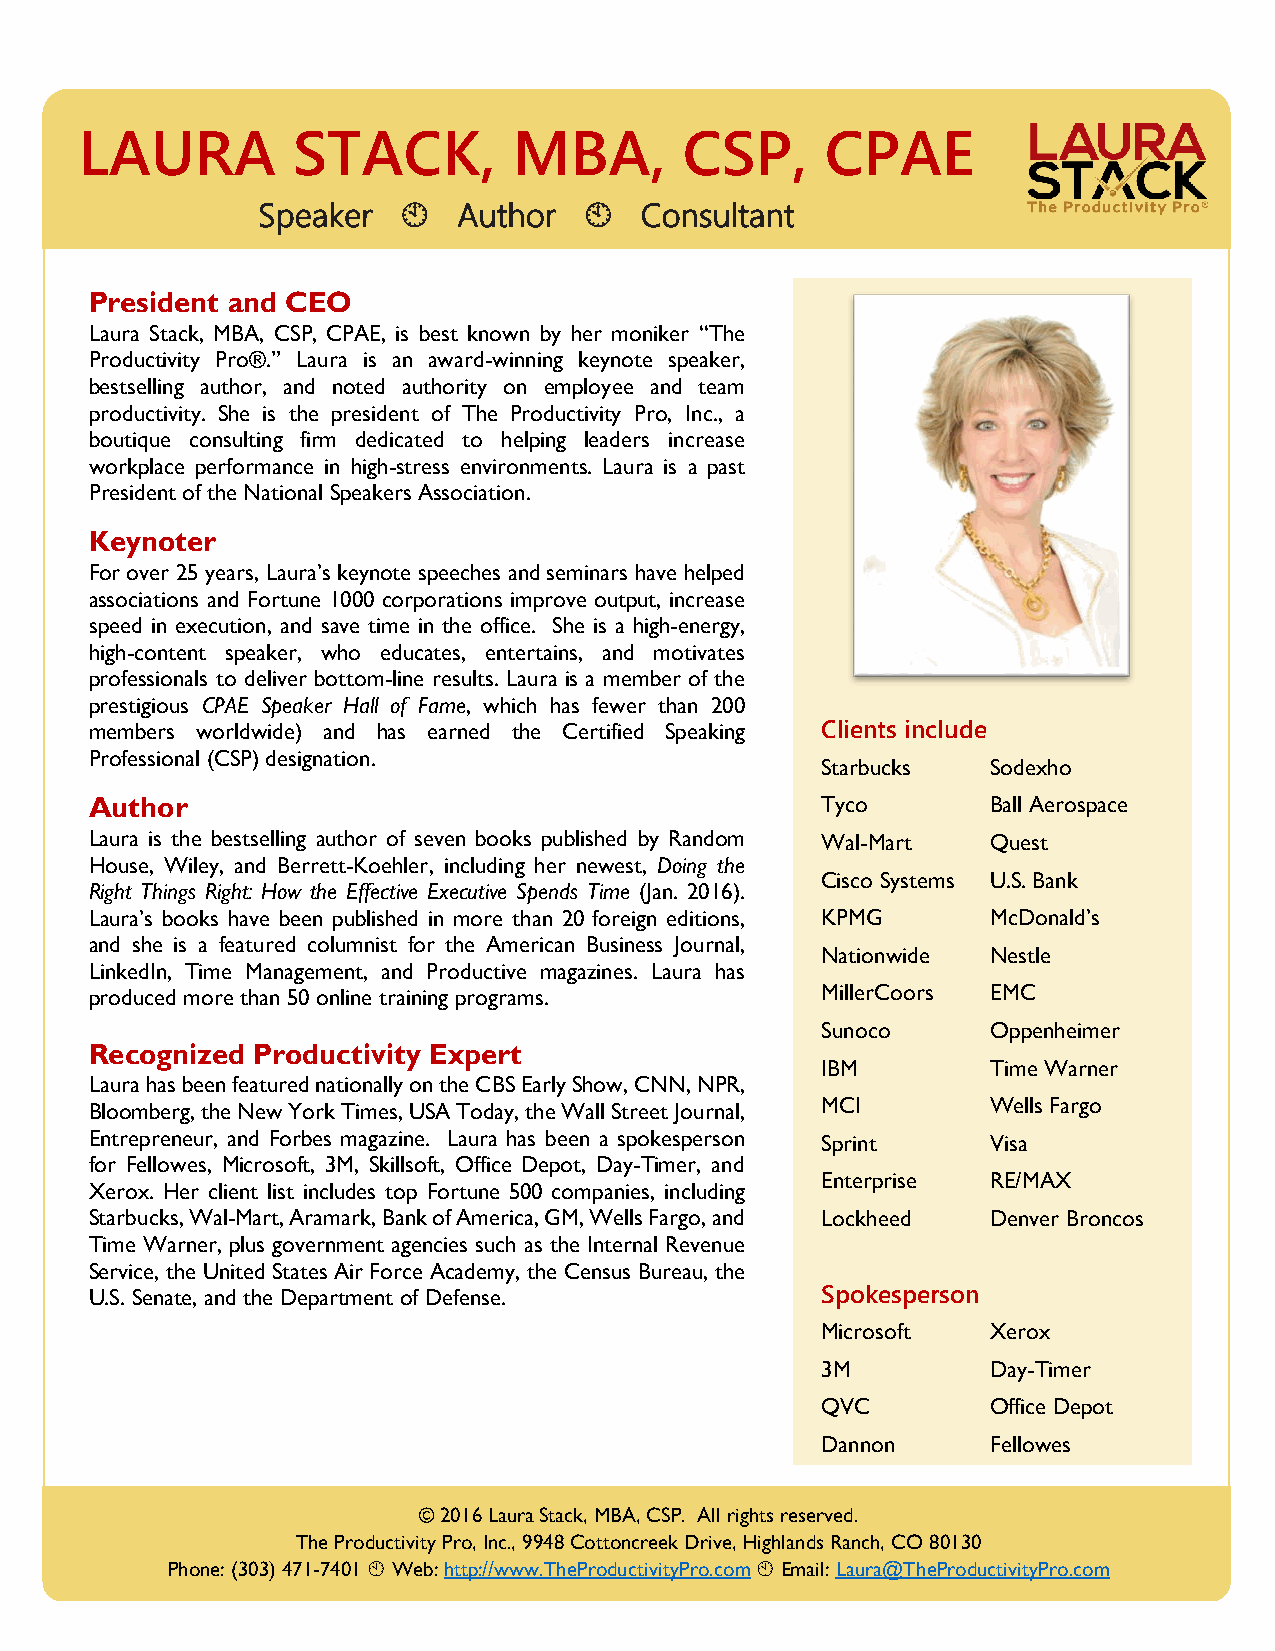
LAURA         STACK,         MBA,       CSP,      CPAE
 Speaker     Author     Consultant
 President and CEO
 Laura Stack, MBA, CSP, CPAE, is best known by her moniker “The
 Productivity Pro®.” Laura is an award-winning keynote speaker,
 bestselling author, and noted authority on employee and team
 pro ductivity. She is the president of The Productivity Pro, Inc., a
 boutique consulting firm dedicated to helping leaders increase
 workplace performance in high-stress environments. Laura is a past
 President of the National Speakers Association.
 Keynoter
 For over 25 years, Laura’s keynote speeches and seminars have helped
 associations and Fortune 1000 corporations improve output, increase
 speed in execution, and save time in the office. She is a high-energy,
 high-content speaker, who educates, entertains, and motivates
 professionals to deliver bottom-line results. Laura is a member of the
 prestigious CPAE Speaker Hall of Fame, which has fewer than 200
 members worldwide) and has earned the Certified Speaking Clients include
 Professional (CSP) designation.
 Starbucks   Sodexho
 Author                                          Tyco        Ball Aerospace
 Laura is the bestselling author of seven books published by Random Wal-Mart Quest
 House, Wiley, and Berrett-Koehler, including her newest, Doing the
 Cisco Systems U.S. Bank
 Right Things Right: How the Effective Executive Spends Time (Jan. 2016).
 Laura’s books have been published in more than 20 foreign editions, KPMG McDonald’s
 and she is a featured columnist for the American Business Journal,
 Nationwide  Nestle
 LinkedIn, Time Management, and Productive magazines. Laura has
 produced more than 50 online training programs. MillerCoors EMC
 Sunoco      Oppenheimer
 Recognized Productivity Expert
 IBM         Time Warner
 Laura has been featured nationally on the CBS Early Show, CNN, NPR,
 Bloomberg, the New York Times, USA Today, the Wall Street Journal, MCI Wells Fargo
 Entrepreneur, and Forbes magazine. Laura has been a spokesperson Sprint Visa
 for Fellowes, Microsoft, 3M, Skillsoft, Office Depot, Day-Timer, and
 Enterprise  RE/MAX
 Xerox. Her client list includes top Fortune 500 companies, including
 Starbucks, Wal-Mart, Aramark, Bank of America, GM, Wells Fargo, and Lockheed Denver Broncos
 Time Warner, plus government agencies such as the Internal Revenue
 Service, the United States Air Force Academy, the Census Bureau, the
 U.S. Senate, and the Department of Defense.     Spokesperson
 Microsoft   Xerox
 3M          Day-Timer
 QVC         Office Depot
 Dannon      Fellowes
 © 2016 Laura Stack, MBA, CSP. All rights reserved.
 The Productivity Pro, Inc., 9948 Cottoncreek Drive, Highlands Ranch, CO 80130
 Phone: (303) 471-7401  Web: http://www.TheProductivityPro.com  Email: Laura@TheProductivityPro.com